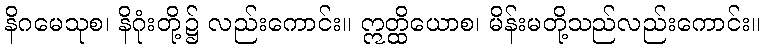
နိဂမေသုစ၊ နိဂုံးတို့၌ လည်းကောင်း။ ဣတ္ထိယောစ၊ မိန်းမတို့သည်လည်းကောင်း။